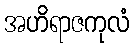
အဟိရာဇကုလံ